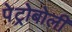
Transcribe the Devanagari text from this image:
पेट्रोबोली